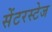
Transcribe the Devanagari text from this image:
सेंटरस्टेज